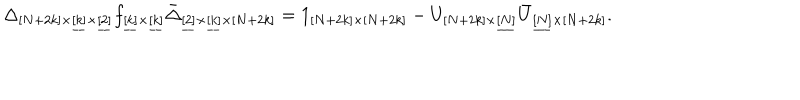
\Delta _ { [ N + 2 k ] \times \underline { { { [ k ] } } } \times \underline { { { [ 2 ] } } } } f _ { \underline { { { [ k ] } } } \times \underline { { { [ k ] } } } } \bar { \Delta } _ { \underline { { { [ 2 ] } } } \times \underline { { { [ k ] } } } \times [ N + 2 k ] } = 1 _ { [ N + 2 k ] \times [ N + 2 k ] } - U _ { [ N + 2 k ] \times \underline { { { [ N ] } } } } \bar { U } _ { \underline { { { [ N ] } } } \times [ N + 2 k ] } .